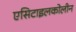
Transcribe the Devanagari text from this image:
एसिटाइलकोलीन